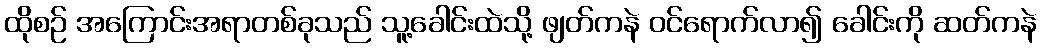
ထိုစဉ် အကြောင်းအရာတစ်ခုသည် သူ့ခေါင်းထဲသို့ ဖျတ်ကနဲ ဝင်ရောက်လာ၍ ခေါင်းကို ဆတ်ကနဲ